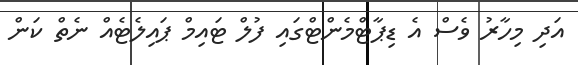
އަދި މިހާރު ވެސް އެ ޑިޕާޓްމެންޓްގައި ފުލް ޓައިމް ޕައިލެޓެއް ނެތް ކަން